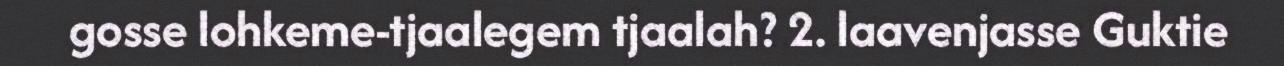
gosse lohkeme-tjaalegem tjaalah? 2. laavenjasse Guktie